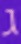
ג